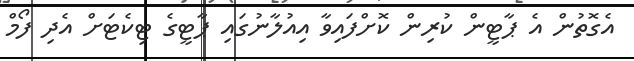
އެގޮތުން އެ ޕާޓީން ކުރިން ކޮށްފައިވާ އިއުލާނުގައި ޕާޓީގެ ޓިކެޓަށް އެދި ފޯމް